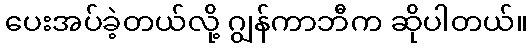
ပေးအပ်ခဲ့တယ်လို့ ဂျွန်ကာဘီက ဆိုပါတယ်။